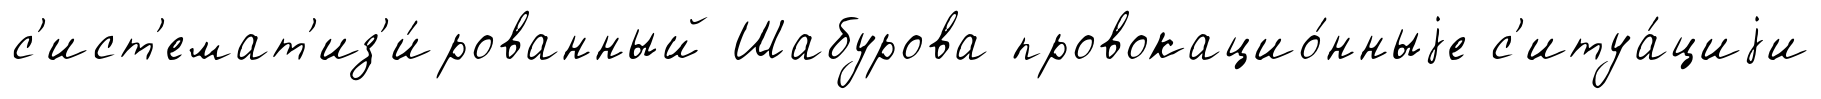
с'ист'емат'из'и́рованный Шабурова провокацио́нныjе с'итуа́циjи